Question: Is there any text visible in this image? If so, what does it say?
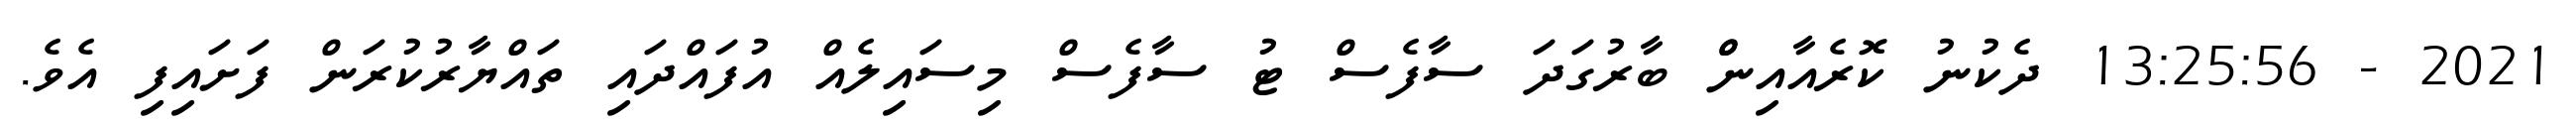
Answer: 2021 - 13:25:56 ދެކުނު ކޮރެއާއިންް ބާރުގަދަ ސާފެސް ޓު ސާފެސް މިސައިލެއް އުފައްދައި ތައްޔާރުކުރަން ފަށައިފި އެވެ.